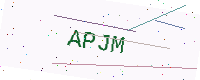
Text: APJM